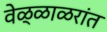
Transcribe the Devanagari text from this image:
वेळ्ळाळरांत